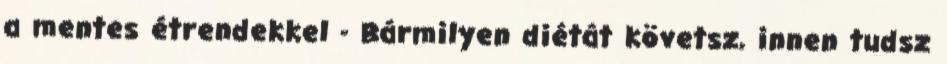
a mentes étrendekkel - Bármilyen diétát követsz, innen tudsz